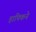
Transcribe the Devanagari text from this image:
हाफ्किने